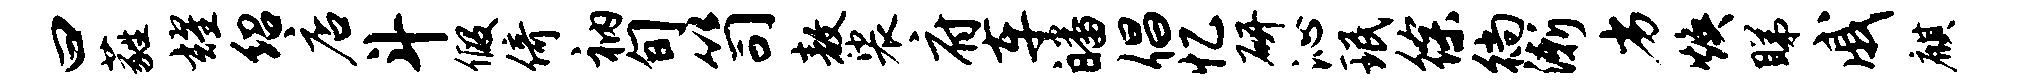
曰蕤耀绍店斗假倚衲旬笥敖裟府车皤倡忆研沁珉徐徜渐劣焕睇戚麒